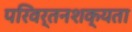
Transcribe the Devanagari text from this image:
परिवर्तनशक्यता